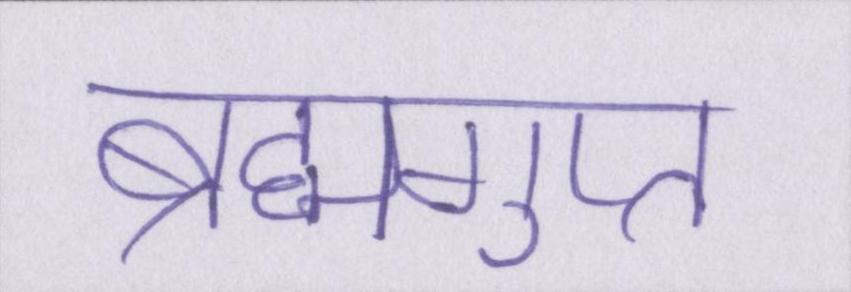
ब्रह्मगुप्त